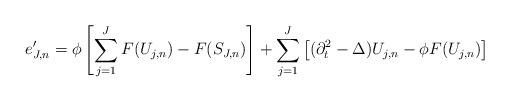
LaTeX: \begin{align*} e'_{J,n} = \phi \left[\sum_{j=1}^J F(U_{j,n}) - F(S_{J,n})\right] + \sum_{j=1}^J \left[(\partial_t^2 - \Delta) U_{j,n} - \phi F(U_{j,n})\right]\end{align*}